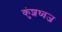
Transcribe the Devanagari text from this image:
कुंशध्वज